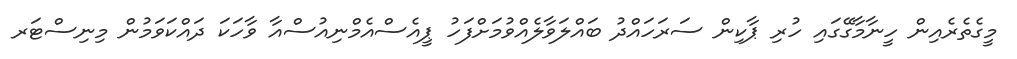
މީގެތެރެއިން ހީނާމާގޭގައި ހުރި ޕާކިން ސަރަހައްދު ބައްލަވާލެއްވުމަށްފަހު ޕީއެސްއެމްނިއުސްއާ ވާހަކަ ދައްކަވަމުން މިނިސްޓަރ